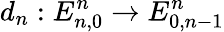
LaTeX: d_{n}:E_{n,0}^{n}\to E_{0,n-1}^{n}